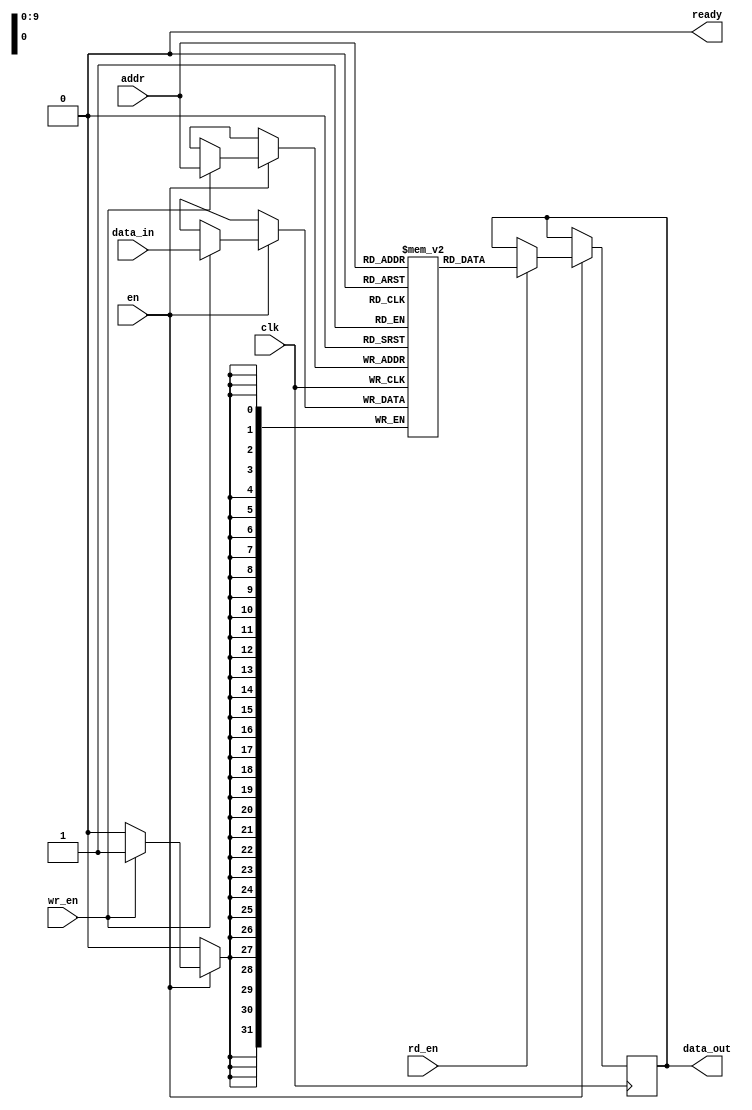
module synchronous_sram #(
    parameter DATA_WIDTH = 32,    // Configurable Data Width (e.g., 8, 16, 32, 64)
    parameter ADDR_WIDTH = 10,     // Configurable Address Width (e.g., 8, 10, 12)
    parameter MEM_DEPTH = 1024      // Configurable Memory Depth (e.g., 256, 512, 1024, 2048)
) (
    input                clk,      // Synchronizing clock signal
    input                en,       // Active high enable signal
    input                rd_en,    // Active high read enable signal
    input                wr_en,    // Active high write enable signal
    input [ADDR_WIDTH-1:0] addr,  // Input address lines
    input [DATA_WIDTH-1:0] data_in, // Input data lines
    output reg [DATA_WIDTH-1:0] data_out, // Output data lines
    output reg ready           // Ready signal for next operation
);

    // Memory Array Declaration
    reg [DATA_WIDTH-1:0] mem_array [0:MEM_DEPTH-1];

    // Initially set ready signal
    initial begin
        ready = 1'b0;
    end

    always @(posedge clk) begin
        if (en) begin
            // Handle Write Operation
            if (wr_en) begin
                mem_array[addr] <= data_in;   // Write data to memory
                ready <= 1'b1;                 // Indicate memory is ready
            end

            // Handle Read Operation
            if (rd_en) begin
                data_out <= mem_array[addr];   // Read data from memory
                ready <= 1'b1;                 // Indicate memory is ready
            end
        end
    end

    // Reset the ready signal after a short delay (Optional)
    always @(posedge clk) begin
        if (ready) begin
            #1 ready <= 1'b0; // Reset ready signal after 1 clock cycle
        end
    end

endmodule